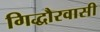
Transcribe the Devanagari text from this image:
गिद्धौरवासी